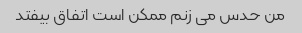
من حدس می زنم ممکن است اتفاق بیفتد